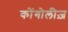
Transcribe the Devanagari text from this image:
कोंगोलीज़